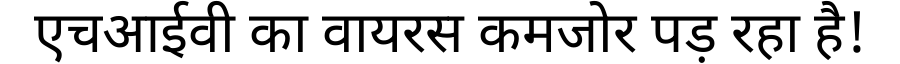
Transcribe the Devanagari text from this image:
एचआईवी का वायरस कमजोर पड़ रहा है!